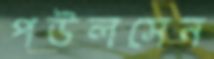
পউলসেন